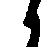
候